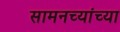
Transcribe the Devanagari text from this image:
सामनच्यांच्या